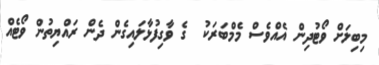
މިބިލަށް ވޯޓުދިން އެއްވެސް މެމްބަރަކު  ގެ ވާގިފުޅާލައިގެން ދެން ރައްޔިތުން ވޯޓެއް